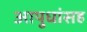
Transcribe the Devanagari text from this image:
आयुधांसह